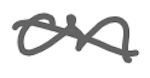
Text: on
Cross-out: diagonal
Writing tool: digital_gray